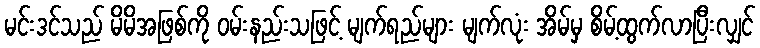
မင်းဒင်သည် မိမိအဖြစ်ကို ဝမ်းနည်းသဖြင့် မျက်ရည်များ မျက်လုံး အိမ်မှ စိမ့်ထွက်လာပြီးလျှင်